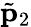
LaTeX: {\tilde{\mathbf p}}_{2}